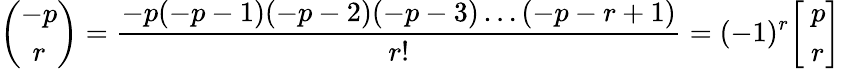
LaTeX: \binom{-p}{r}={\frac{-p(-p-1)(-p-2)(-p-3)\dots(-p-r+1)}{r!}}=(-1)^{r}{\left[\begin{array}{l}{~p}\\ {~r}\end{array}\right]}